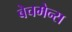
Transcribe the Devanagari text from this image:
बेचमेन्स